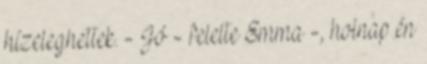
hízeleghettek. - Jó - felelte Emma -, holnap én